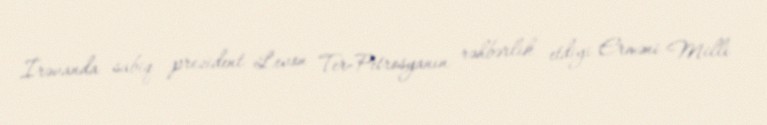
İrəvanda sabiq prezident Levon Ter-Petrosyanın rəhbərlik etdiyi Erməni Milli